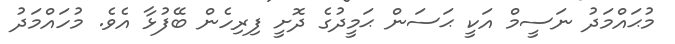
މުޙައްމަދު ނަސީމް އަކީ ޙަސަން ޙަމީދުގެ ދޮށީ ފިރިހެން ބޭފުޅާ އެވެ. މުހައްމަދު